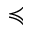
\preccurlyeq